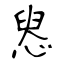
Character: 惥